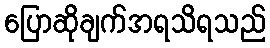
ပြောဆိုချက်အရသိရသည်